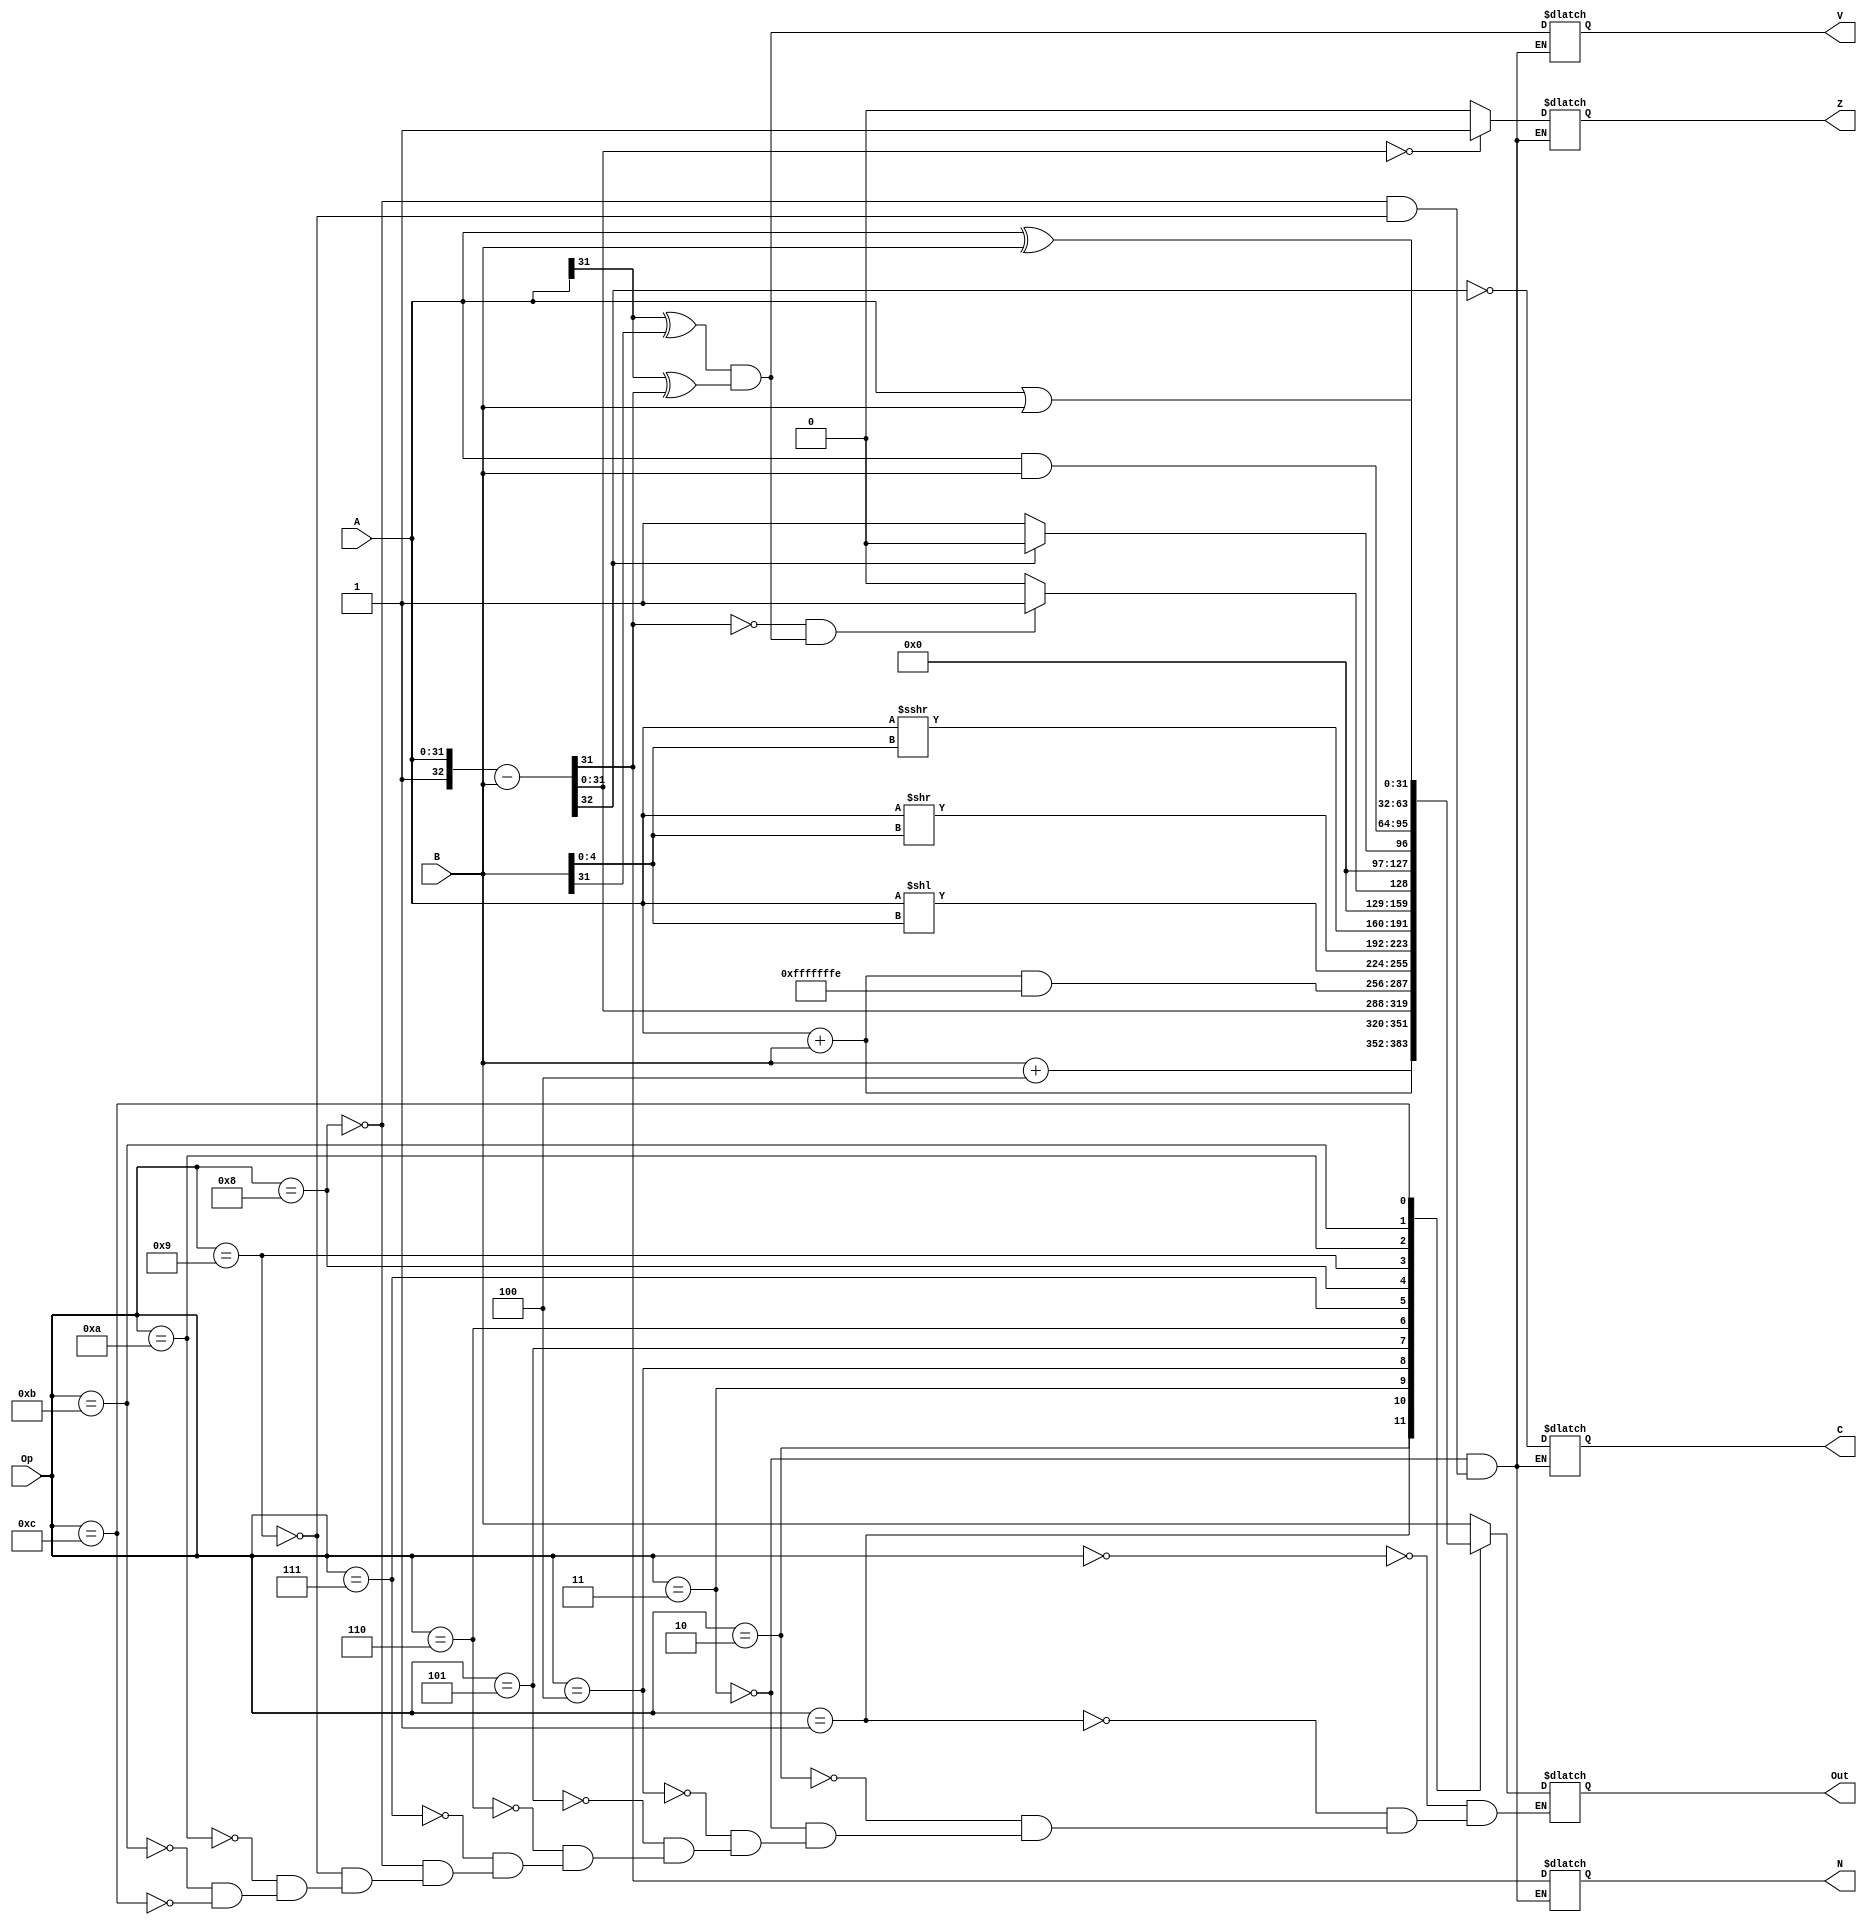
module ALU(
    output reg [31:0] Out,
    output reg Z,
    output reg N,
    output reg C,
    output reg V,
    input [31:0] A,
    input [31:0] B,
    input [3:0] Op
);

reg [32:0] temp; //temporary value for A-B

always @(A, B, Op)
begin
    // Z = 0;
    // N = 0;
    // C = 0;
    // V = 0;

    case (Op)
        4'b0000: Out = B;

        4'b0001: Out = B+4;

        4'b0010: Out = A+B;

        4'b0011:
        begin
            Out = A - B;
            temp = {1'b1, A} - {1'b0, B};
            Out = temp[31:0];

            if (Out == 32'b0) Z = 1; //if Out = 0, Z=1
            else Z = 0;

            N = Out[31]; //MSB

            C = ~temp[32];

            V = (A[31] ^ B[31]) & (A[31] ^ Out[31]);
            // $display("Resta");
        end

        4'b0100: Out = (A + B) & 32'b11111111111111111111111111111110;// 0xFFFFFFFE

        4'b0101: Out = A << B[4:0];//shifts A to the left B[4:0] bits

        4'b0110: Out = A >> B[4:0]; //shifts A to the right B[4:0] bits

        4'b0111: Out = $signed(A) >>> B[4:0]; //arithmetic right shift on A, B[4:0] bits

        4'b1000:
            begin
            temp = {1'b1, A} - {1'b0, B};
            Out = temp[31:0];

            if (Out == 32'b0) Z = 1; //if Out = 0, Z=1
            else Z = 0;

            N = Out[31]; //MSB

            C = ~temp[32];

            V = (A[31] ^ B[31]) & (A[31] ^ Out[31]);

            if(~(N)&V) Out =1;
            else Out =0;
        end

        4'b1001:
        begin
            temp = {1'b1, A} - {1'b0, B};
            Out = temp[31:0];

            if (Out == 32'b0) Z = 1; //if Out = 0, Z=1
            else Z = 0;

            N = Out[31]; //MSB

            C = ~temp[32];

            V = (A[31] ^ B[31]) & (A[31] ^ Out[31]);

            if(C == 1) Out =1;
            else Out =0;
        end

        4'b1010: Out = A&B;

        4'b1011: Out = A|B;

        4'b1100: Out = A ^ B;

        /*
        NOT USED:
        4'b1101
        4'b1110
        4'b1111
        */
        // default: Out =  32'b0;
    endcase
end
endmodule